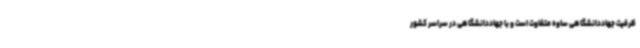
ظرفیت جهاددانشگاهی ساوه متفاوت است و با جهاددانشگاهی در سراسر کشور